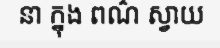
នា ក្នុង ពណ៌ ស្វាយ